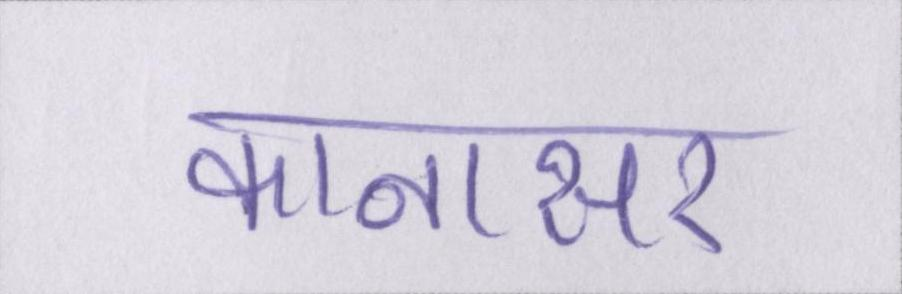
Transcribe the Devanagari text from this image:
कानासर